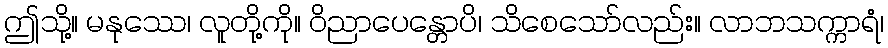
ဤသို့။ မနုဿေ၊ လူတို့ကို။ ဝိညာပေန္တောပိ၊ သိစေသော်လည်း။ လာဘသက္ကာရံ၊